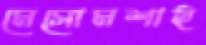
মেসোমশাই